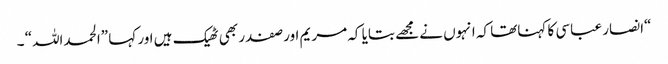
“انصار عباسی کا کہناتھا کہ انہوں نے مجھے بتایا کہ مریم اور صفدر بھی ٹھیک ہیں اور کہا ”الحمداللہ“ ۔